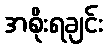
အစိုးရချင်း